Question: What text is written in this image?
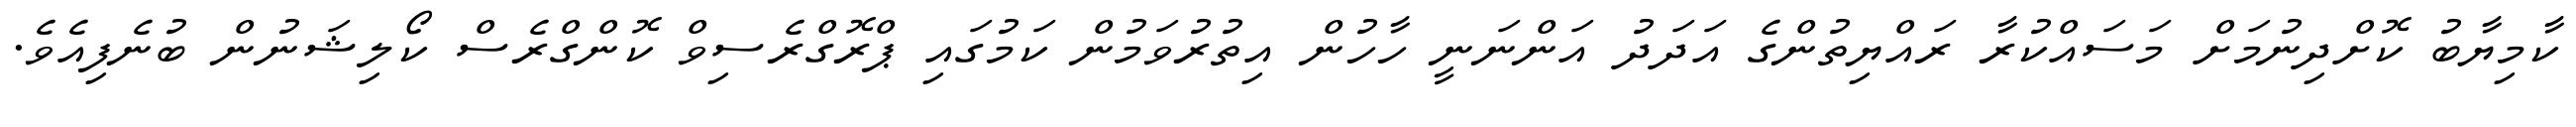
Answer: ކާމިޔާބު ކޮށްދިނުމަށް މަސައްކުރާ ރައްޔިތުންގެ އަދަދު އަންނަނީ ހާހުން އިތުރުވަމުން ކަމުގައި ޕްރޮގްރެސިވް ކޮންގްރެސް ކޯލިޝަނުން ބުނެފިއެވެ.